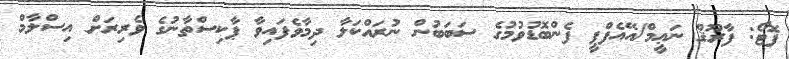
ފޮޓޯ: ފާރޫޤް ނަޢީމް/އޭއެފްޕީ ފެންބޮޑުވުމުގެ ސަބަބުން ނުރައްކަލާ ދިމާވެފައިވާ ޕާކިސްތާނުގެ ވެރިރަށް އިސްލާމް